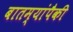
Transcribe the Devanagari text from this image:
बातम्यांपैकी